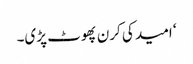
‘ امید کی کرن پھوٹ پڑی۔